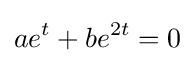
ae^{t}+be^{2t}=0